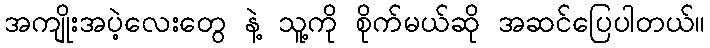
အကျိုးအပဲ့လေးတွေ နဲ့ သူ့ကို စိုက်မယ်ဆို အဆင်ပြေပါတယ်။